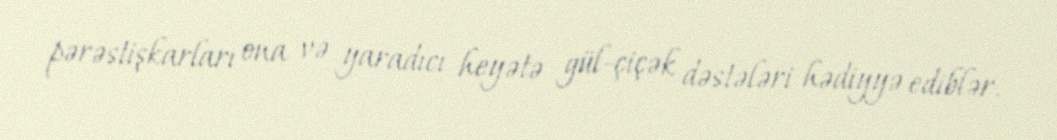
pərəstişkarları ona və yaradıcı heyətə gül-çiçək dəstələri hədiyyə ediblər.